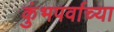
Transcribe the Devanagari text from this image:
कुंभपर्वाच्या